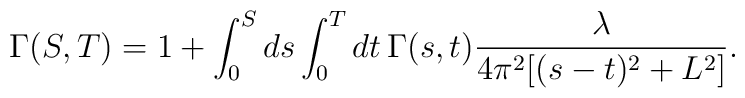
\Gamma(S,T)=1+\int_0^Sds\int_0^Tdt\,\Gamma(s,t)\frac{\lambda}{4\pi^2 [(s-t)^2+L^2]}.